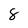
Character: 8